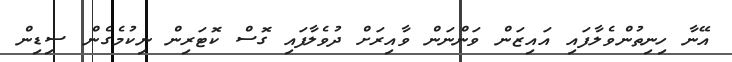
އޭނާ ހިނިތުންވެލާފައި އައިޒަން ވަންނަން ވާއިރަށް ދުވެލާފައި ގޮސް ކޮޓަރިން ނިކުމެގެން ސިޑިން